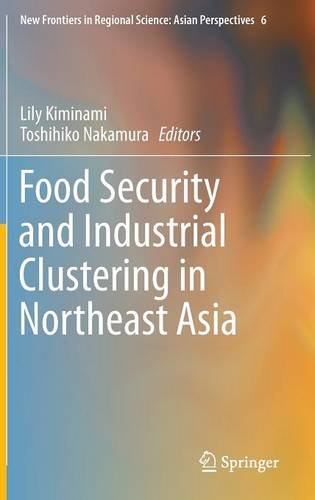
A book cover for Food Security and Industrial Clustering in Northeast Asia (New Frontiers in Regional Science: Asian Perspectives); Business & Money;